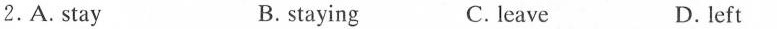
2.A.Stay B. staying C.leave D. left